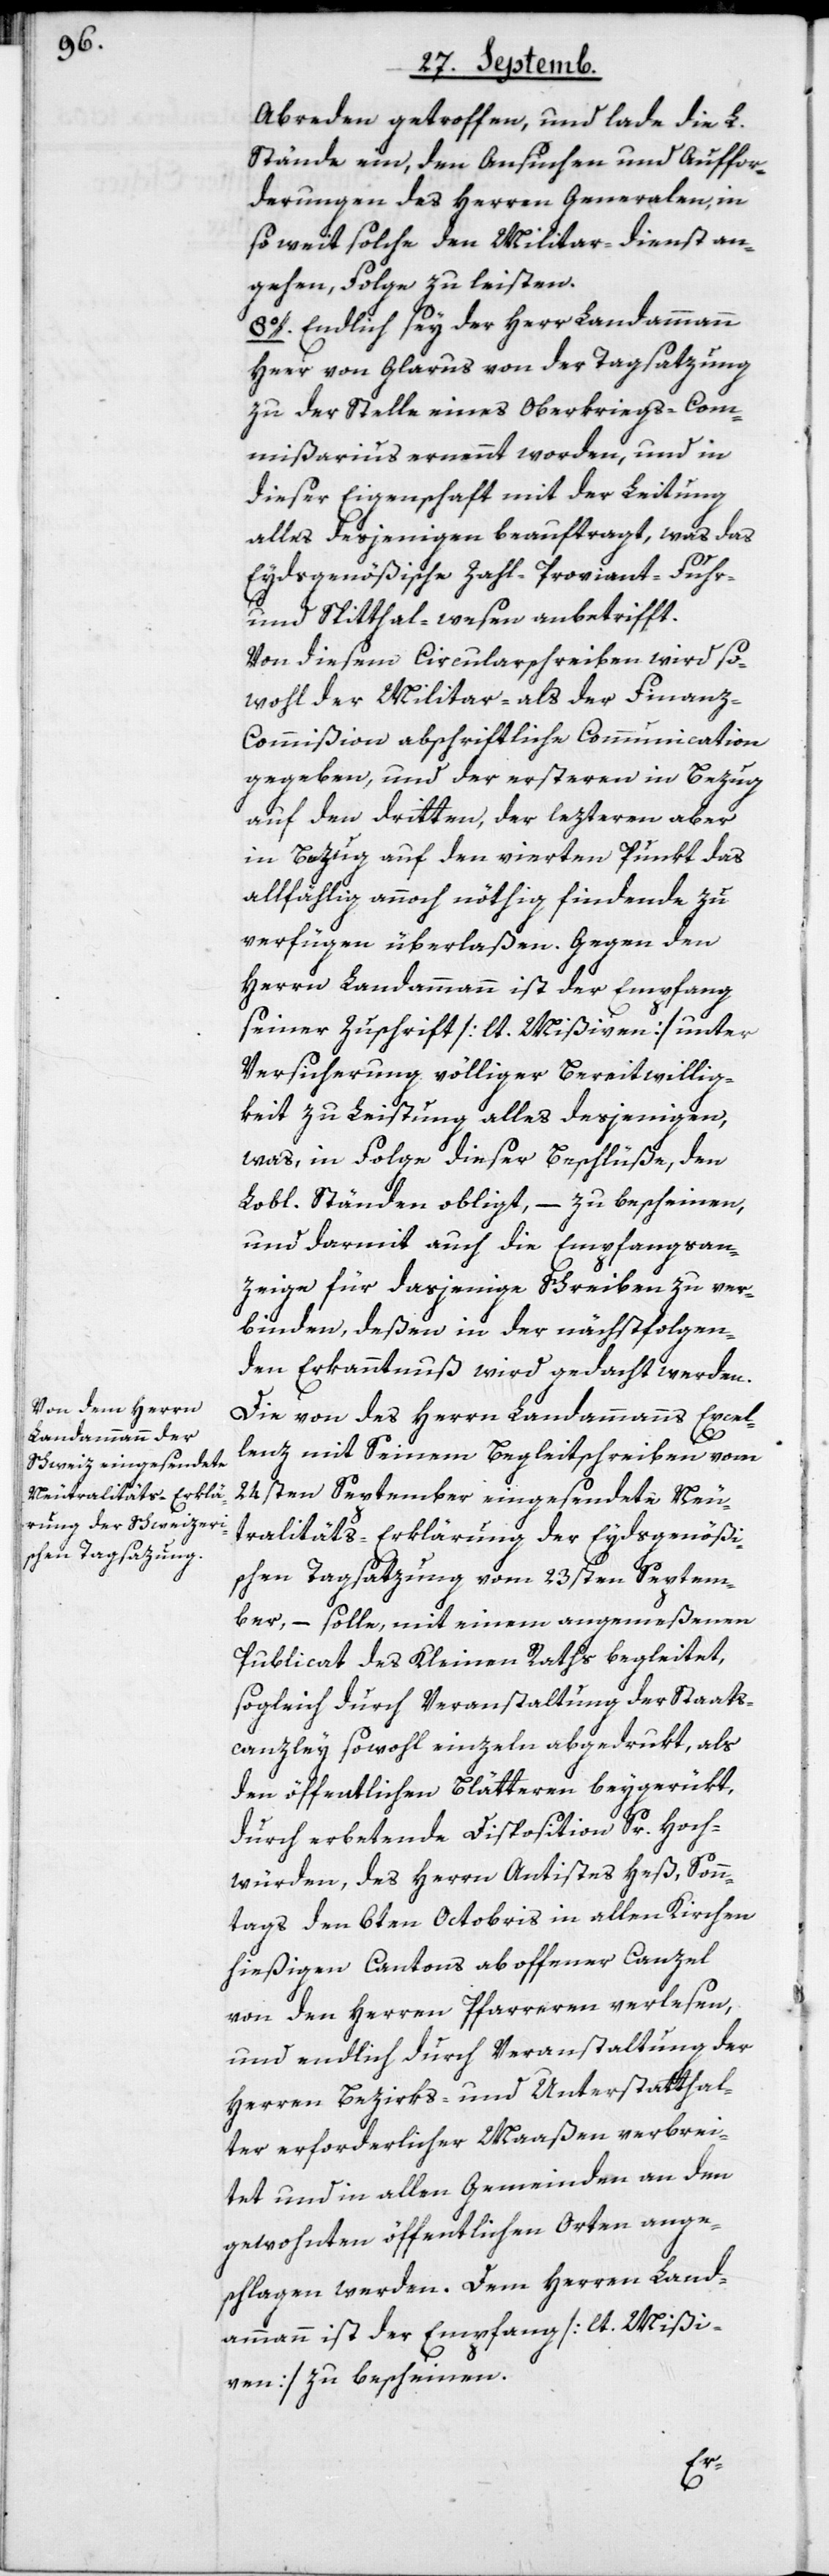
Abreden getroffen, und lade die L.
Stände ein, den Ansuchen und Auffor¬
derungen des Herren Generalen, in
so weit solche den Militar-dienst an¬
gehen, Folge zu leisten.
8o. Endlich sey der Herr Landammann
Heer von Glarus von der Tagsatzung
zu der Stelle eines Oberkriegs-Com¬
mißarius ernennt worden, und in
dieser Eigenschaft mit der Leitung
alles desjenigen beauftragt, was das
Eydsgenößische Zahl- Proviant- Fuhr-
und Spitthal-wesen anbetrifft.
Von diesem Circularschreiben wird so¬
wohl der Militar- als der Finanz-C¬
ommißion abschrifltiche Communication
gegeben, und der ersteren in Bezug
auf den dritten, der lezteren aber
in Bezug auf den vierten Punkt des
allfählig annoch nöthig findende zu
verfügen überlaßen. Gegen den
Herrn Landammann ist der Empfang
seiner Zuschrift [lt. Mißiven] unter
Versicherung völliger Bereitwillig¬
keit zu Leistung alles desjenigen,
was in Folge dieser Beschlüße, den
Lobl. Ständen obligt, – zu bescheinen,
und darmit auch die Empfangsan¬
zeige für dasjenige Schreiben zu ver¬
binden, deßen in der nächstfolgen¬
den Erkanntnuß wird gedacht werden.
Die von des Herrn Landammanns Excel¬
lenz mit Seinem Begleitschreiben vom
24sten September eingesendete Neu¬
tralitäts-Erklärung der Eydsgenößi¬
schen Tagsatzung vom 23sten Septem¬
ber, – solle, mit einem angemeßenen
Publicat des Kleinen Raths begleitet,
sogleich durch Veranstaltung der Staats¬
canzley sowohl einzeln abgedrukt, als
den öffentlichen Blätteren beigerükt,
durch erbetende Disposition Sr. Hoch¬
würden, des Herrn Antistes Heß, Sonn¬
tags den 6ten Octobris in allen Kirchen
hießigen Cantons ab offener Canzel
von den Herren Pfarreren verlesen,
und endlich durch Veranstaltung der
Herren Bezirks- und Unterstatthal¬
ter erforderlicher Maaßen verbrei¬
tet und in allen Gemeinden an den
gewohnten öffentlichen Orten ange¬
schlagen werden. Dem Herren Land¬
ammann ist der Empfang [lt. Mißi¬
ven] zu bescheinen.